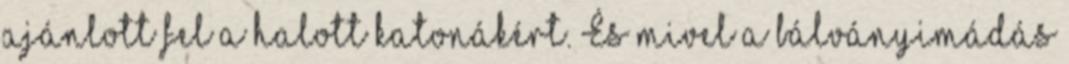
ajánlott fel a halott katonákért. És mivel a bálványimádás